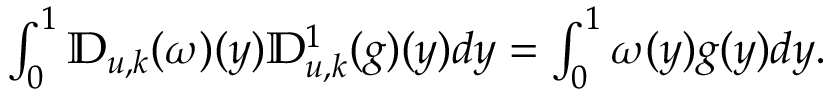
\begin{array} { r } { \int _ { 0 } ^ { 1 } \mathbb { D } _ { u , k } ( \omega ) ( y ) \mathbb { D } _ { u , k } ^ { 1 } ( g ) ( y ) d y = \int _ { 0 } ^ { 1 } \omega ( y ) g ( y ) d y . } \end{array}